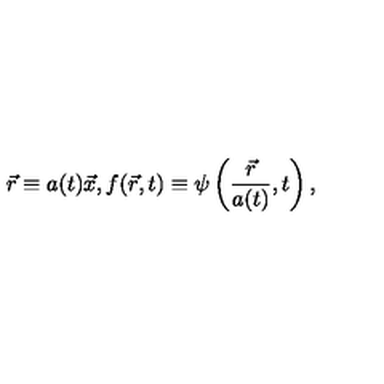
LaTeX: \vec { r } \equiv a ( t ) \vec { x } , f ( \vec { r } , t ) \equiv \psi \left( \frac { \vec { r } } { a ( t ) } , t \right) ,